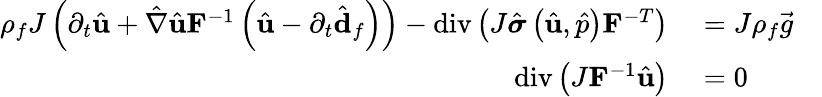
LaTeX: \begin{array}{rl}{\rho_{f}J\left(\partial_{t}\hat{\mathbf{u}}+\hat{\nabla}\hat{\mathbf{u}}\mathbf{F}^{-1}\left(\hat{\mathbf{u}}-\partial_{t}\hat{\mathbf{d}}_{f}\right)\right)-\operatorname{div}\left(J\hat{\boldsymbol{\sigma}}\left(\hat{\mathbf{u}},\hat{p}\right)\mathbf{F}^{-T}\right)}&{{}=J\rho_{f}\vec{g}\quad}\\ {\operatorname{div}\left(J\mathbf{F}^{-1}\hat{\mathbf{u}}\right)}&{{}=0\quad}\end{array}